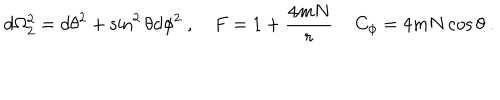
d \Omega _ { 2 } ^ { 2 } = d \theta ^ { 2 } + \sin ^ { 2 } \theta d \phi ^ { 2 } \ , \quad F = 1 + { \frac { 4 m N } { r } } \, \quad C _ { \phi } = 4 m N \cos \theta \ .